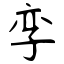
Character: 孪